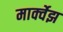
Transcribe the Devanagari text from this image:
मार्क्वेझ